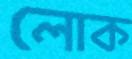
লোক